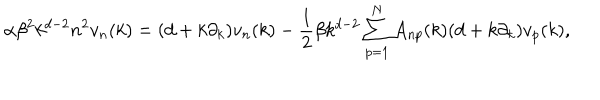
LaTeX: \alpha \beta ^ { 2 } k ^ { d - 2 } n ^ { 2 } v _ { n } ( k ) = ( d + k \partial _ { k } ) v _ { n } ( k ) - { \frac { 1 } { 2 } } \beta k ^ { d - 2 } \sum _ { p = 1 } ^ { N } A _ { n p } ( k ) ( d + k \partial _ { k } ) v _ { p } ( k ) ,